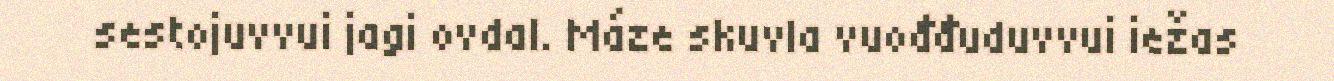
sestojuvvui jagi ovdal. Máze skuvla vuođđuduvvui iežas